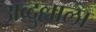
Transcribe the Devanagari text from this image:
अब्दुल्लाला